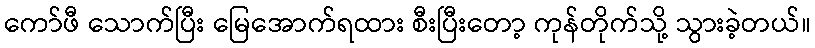
ကော်ဖီ သောက်ပြီး မြေအောက်ရထား စီးပြီးတော့ ကုန်တိုက်သို့ သွားခဲ့တယ်။